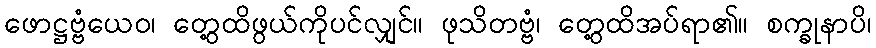
ဖောဋ္ဌဗ္ဗံယေဝ၊ တွေ့ထိဖွယ်ကိုပင်လျှင်။ ဖုသိတဗ္ဗံ၊ တွေ့ထိအပ်ရာ၏။ စက္ခုနာပိ၊